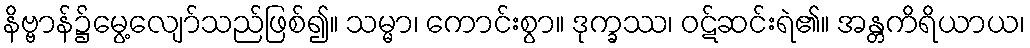
နိဗ္ဗာန်၌မွေ့လျော်သည်ဖြစ်၍။ သမ္မာ၊ ကောင်းစွာ။ ဒုက္ခဿ၊ ဝဋ်ဆင်းရဲ၏။ အန္တကိရိယာယ၊